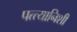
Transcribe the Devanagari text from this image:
पत्त्यानिशी